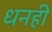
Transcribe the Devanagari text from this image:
धनही